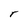
Character: r